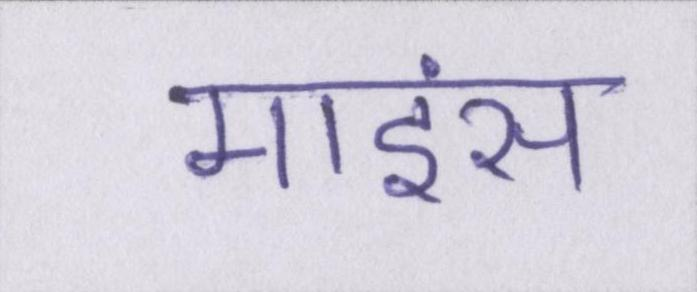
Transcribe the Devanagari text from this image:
माइंस